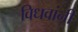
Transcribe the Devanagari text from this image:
विधवांनी